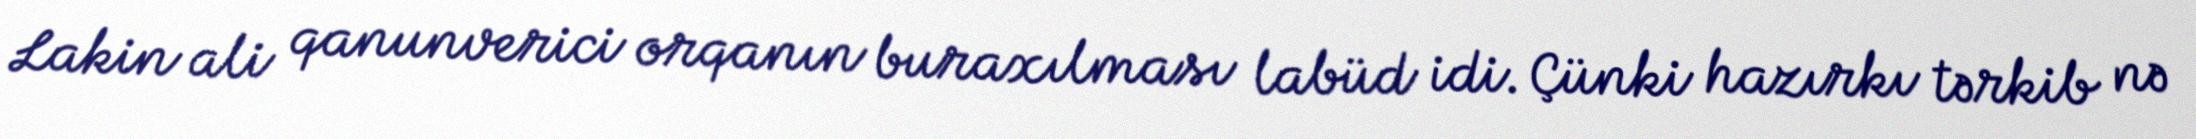
Lakin ali qanunverici orqanın buraxılması labüd idi. Çünki hazırkı tərkib nə